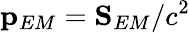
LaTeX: \mathbf{p}_{EM}=\mathbf{S}_{EM}/c^{2}